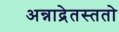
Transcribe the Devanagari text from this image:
अन्नाद्रेतस्ततो